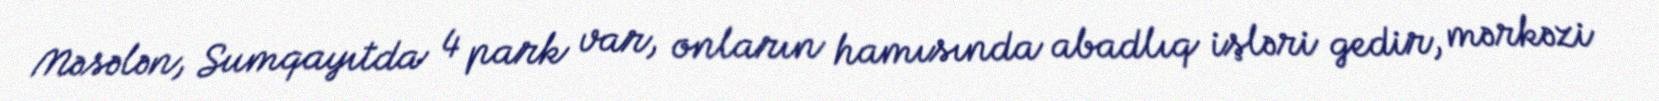
Məsələn, Sumqayıtda 4 park var, onların hamısında abadlıq işləri gedir, mərkəzi